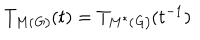
LaTeX: T _ { M ( \mathit { G ) } } ( t ) = T _ { M ^ { \ast } ( \mathit { G ) } } ( t ^ { - 1 } )